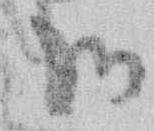
御